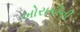
ખોરાકીની